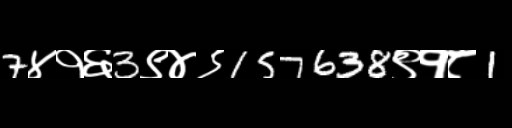
Text: 7४१६3९४९157638९१८1